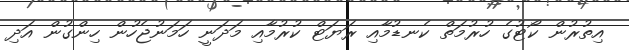
އިތުރުން ކޯޓުގެ ހުރުމަތް ކެނޑުމާއި ރަޔަޓް ކުރުމާއި މަދަނީ ހަމަނުޖެހުން ހިންގުން އަދި